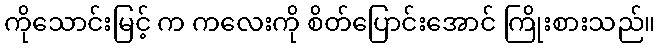
ကိုသောင်းမြင့် က ကလေးကို စိတ်ပြောင်းအောင် ကြိုးစားသည်။